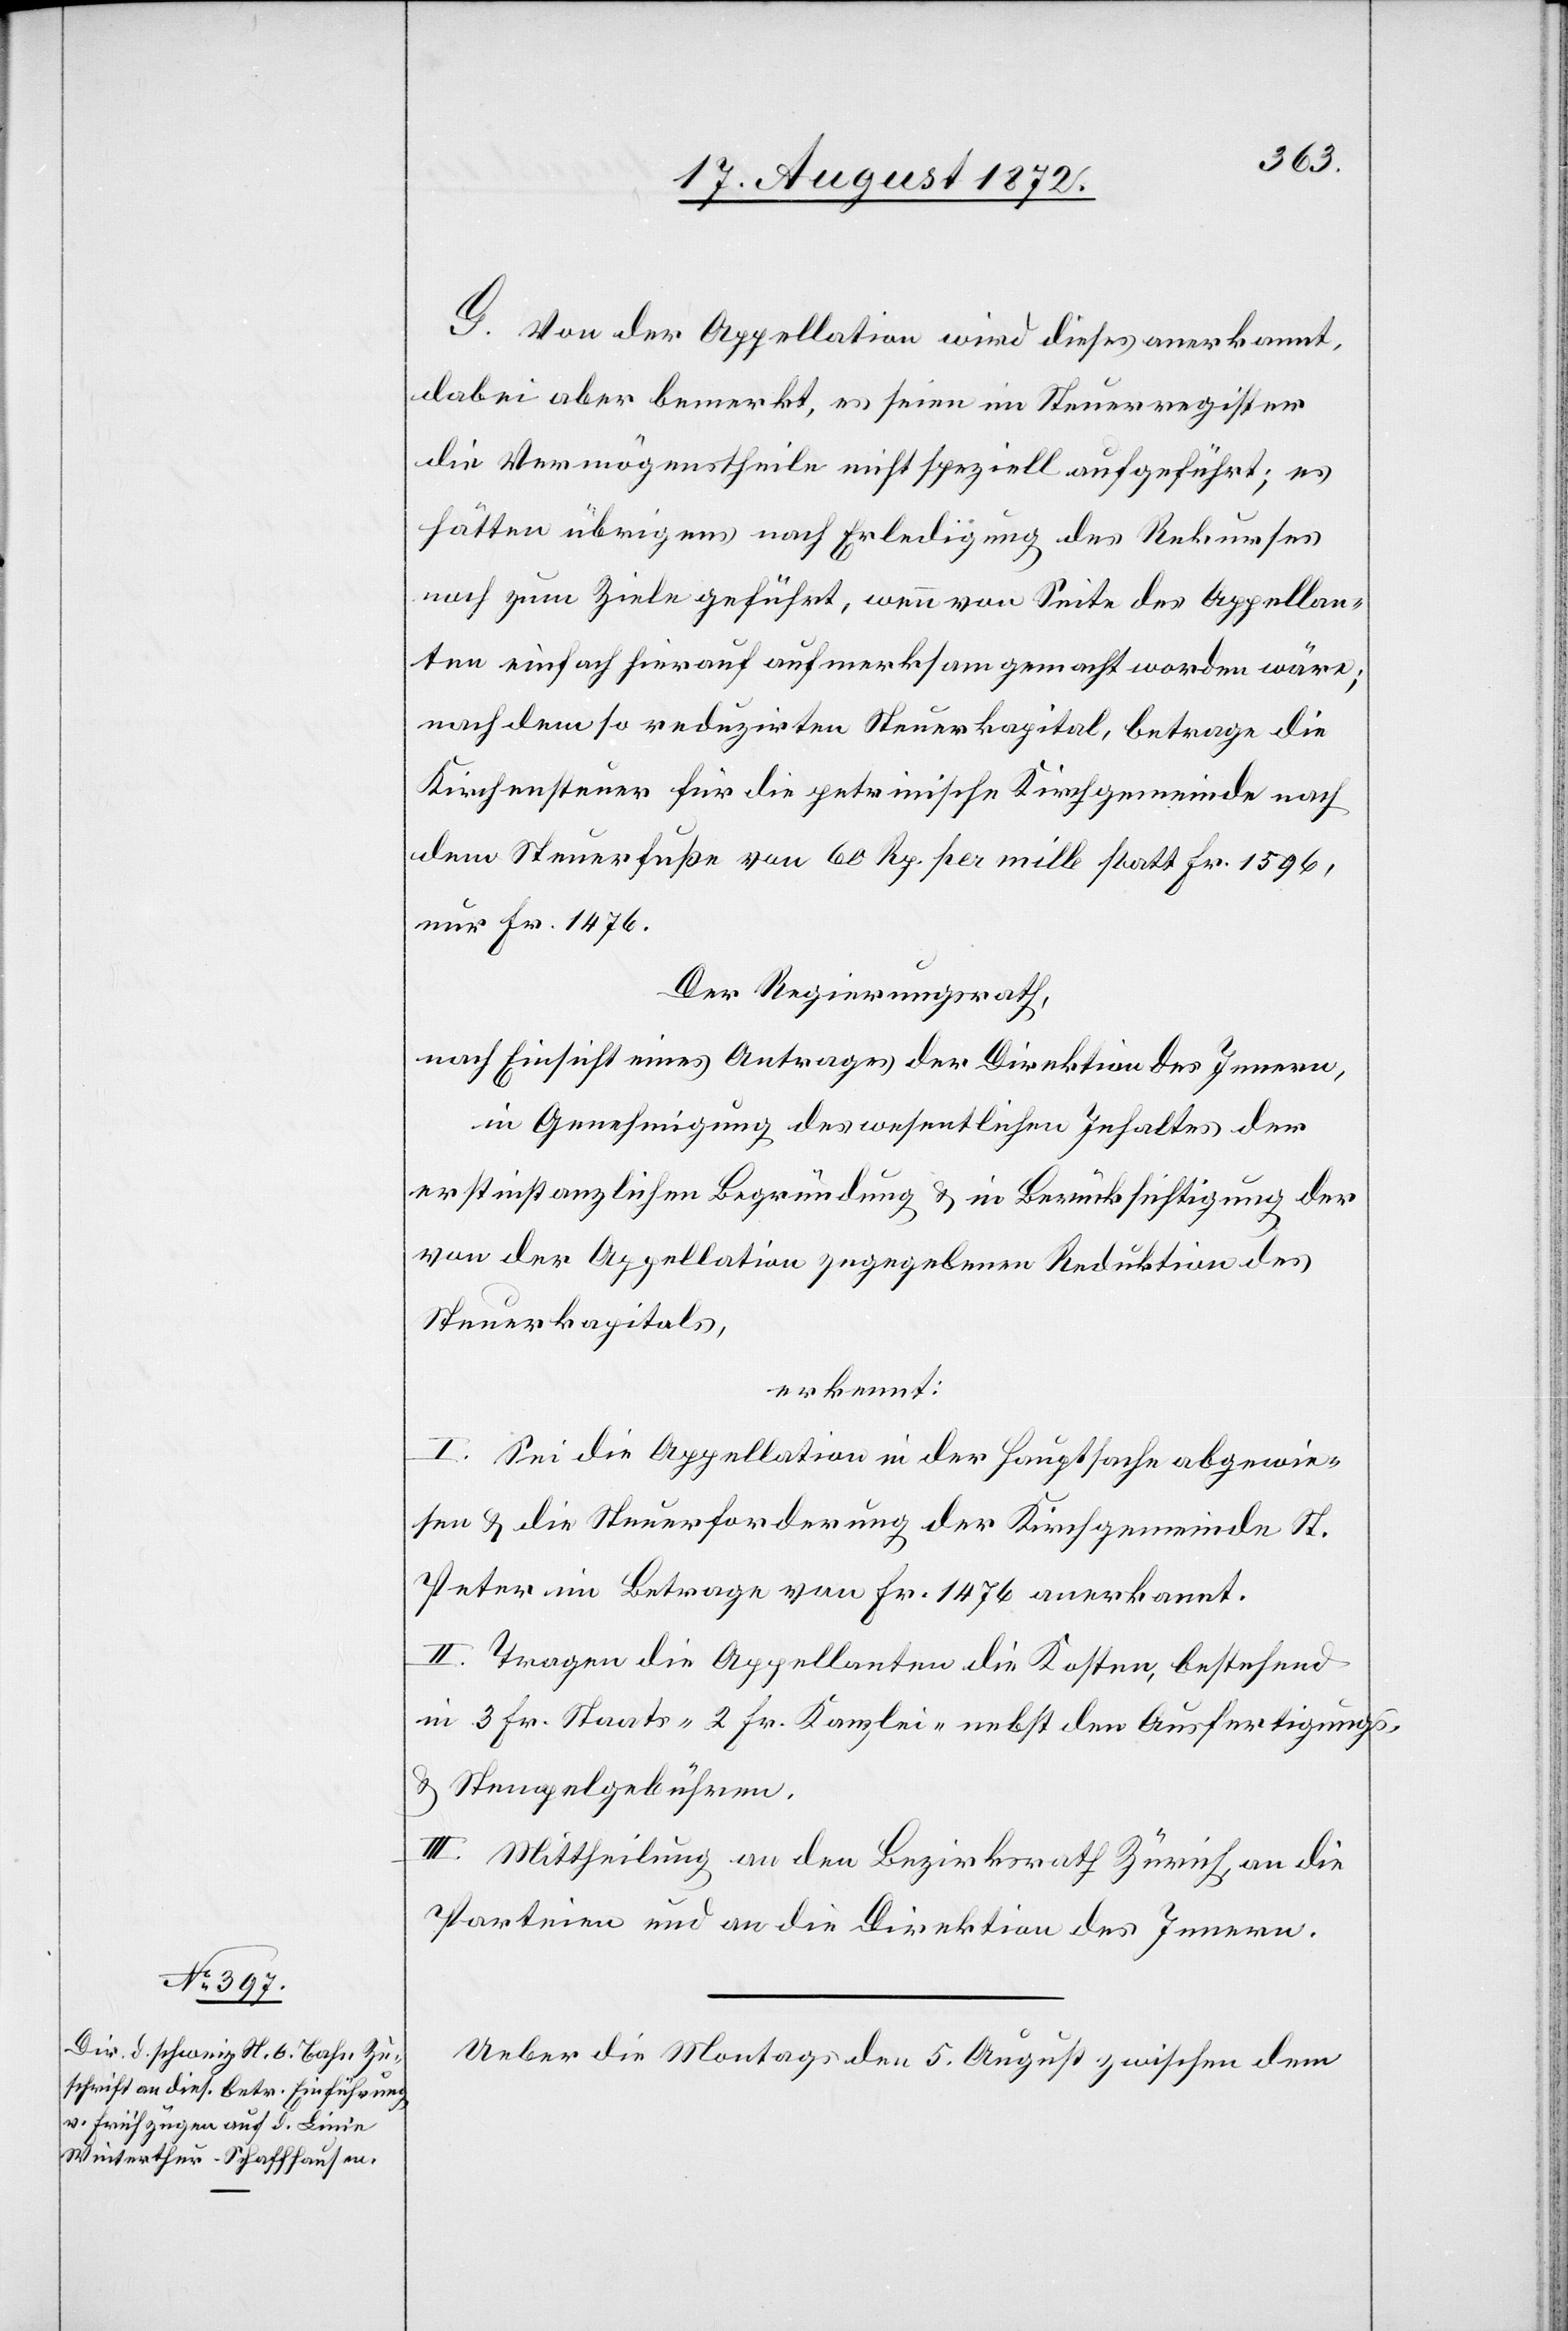
G. Von der Appellation wird dieses anerkannt,
dabei aber bemerkt, es seien im Steuerregister
die Vermögenstheile nicht speziell aufgeführt; es
hätten übrigens nach Erledigung des Rekurses
noch zum Ziele geführt, wenn von Seite des Appellan¬
ten einfach hierauf aufmerksam gemacht worden wäre;
nach dem so reduzirten Steuerkapital, betrage die
Kirchensteuer für die petrinische Kirchgemeinde nach
dem Steuerfuße von 60 Rp. per mille statt Fr. 1596,
nur Fr. 1476.
Der Regierungsrath,
nach Einsicht eines Antrages der Direktion des Innern,
in Genehmigung des wesentlichen Inhaltes der
erstinstanzlichen Begründung u. in Berücksichtigung der
von der Appellation zugegebenen Reduktion des
Steuerkapitals,
erkennt:
I. Sei die Appellation in der Hauptsache abgewie¬
sen u. die Steuerforderung der Kirchgemeinde St.
Peter im Betrage von Fr. 1476 anerkannt.
II. Tragen die Appellanten die Kosten, bestehend
in 3 Fr. Staats- 2 Fr. Kanzlei- nebst den Ausfertigungs-
u. Stempelgebühren.
III. Mittheilung an den Bezirksrath Zürich, an die
Parteien und an die Direktion des Innern.
Ueber die Montags den 5. August zwischen dem